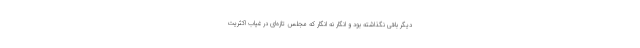
دیگر باقی نگذاشته بود و انگار نه انگار که مجلس تازه‌ای در غیاب اکثریت